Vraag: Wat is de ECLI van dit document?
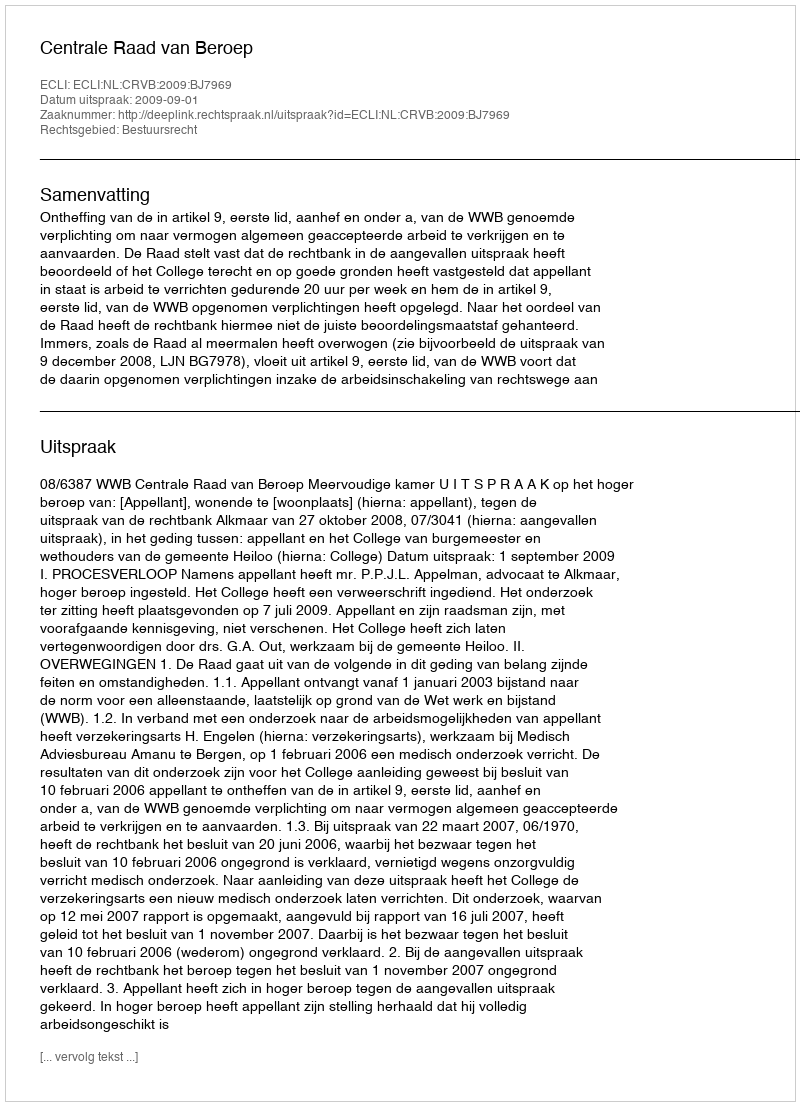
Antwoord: ECLI:NL:CRVB:2009:BJ7969